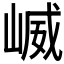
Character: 𫶆